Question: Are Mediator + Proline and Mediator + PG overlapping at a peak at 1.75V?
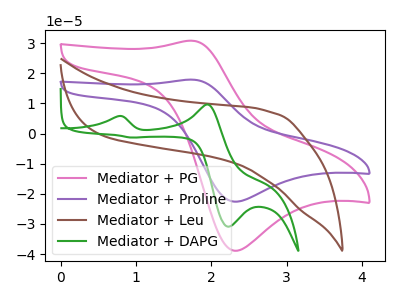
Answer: <think>The pink curve "Mediator + PG" has an anodic peak at (1.75V, 30.80uA) and a cathodic peak at (2.30V, -38.90uA). The purple curve "Mediator + Proline" has an anodic peak at (1.75V, 17.90uA) and a cathodic peak at (2.30V, -22.60uA). The brown curve "Mediator + Leu" has no peaks. The green curve "Mediator + DAPG" has anodic peaks at (0.75V, 5.80uA) (1.95V, 9.65uA) and cathodic peaks at (2.25V, -30.90uA) (0.95V, -1.35uA).</think>
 <answer>Yes, "Mediator + Proline" and "Mediator + PG" share a peak at 1.75V.</answer>
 <eval>match</eval>